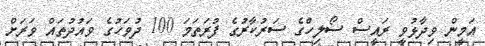
އަމީން ވިދާޅުވީ ރައީސް ސޯލިހްގެ ސަރުކާރުގެ ފުރަތަމަ 100 ދުވަހުގެ ވައުދުތައް ވަރަށް